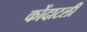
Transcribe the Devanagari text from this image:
कोंदाटली